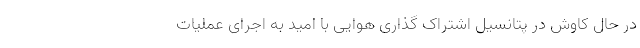
در حال کاوش در پتانسیل اشتراک گذاری هوایی با امید به اجرای عملیات